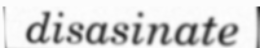
disasinate